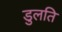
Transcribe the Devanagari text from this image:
डुलति